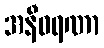
အနီဝရဏာ